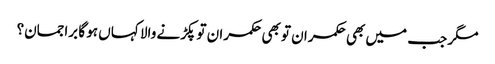
مگر جب میں بھی حکمران تو بھی حکمران تو پکڑنے والا کہاں ہو گا براجمان؟